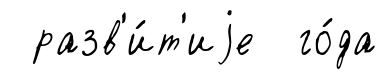
разв'и́т'иjе го́да